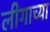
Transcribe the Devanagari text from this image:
लीगाच्या